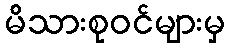
မိသားစုဝင်များမှ